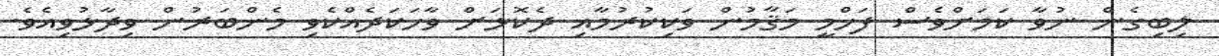
ލިބިގެން ނުވާ ކަމަށްވެސް ފަހްމީ މަޤާމުން ވަކިކުރުމާއި ދެކޮޅަށް ވާހަކަދެއްކެވި މެންބަރުން ވިދާޅުވިއެވެ.